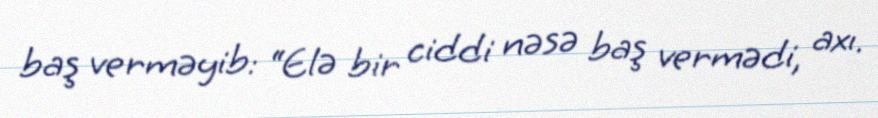
baş verməyib: “Elə bir ciddi nəsə baş vermədi, axı.